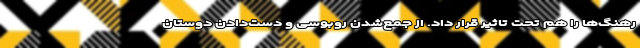
رهنگ‌ها را هم تحت تاثیر قرار داد. از جمع‌شدن روبوسی و دست‌دادن دوستان